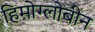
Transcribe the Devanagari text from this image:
हिमोग्लोबीन